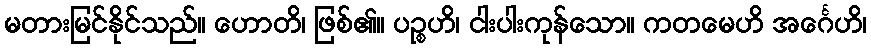
မတားမြင်နိုင်သည်။ ဟောတိ၊ ဖြစ်၏။ ပဉ္စဟိ၊ ငါးပါးကုန်သော။ ကတမေဟိ အင်္ဂေဟိ၊